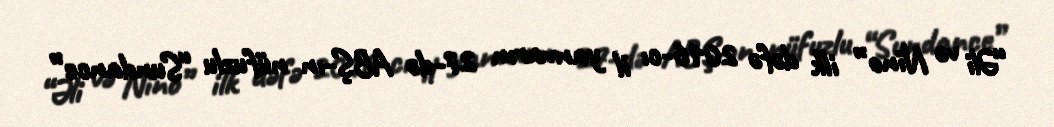
“Əli və Nino” ilk dəfə 2016-cı il yanvarın 27-də ABŞ-ın nüfuzlu “Sundance”